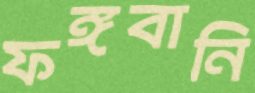
ফঙ্গবানি